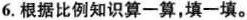
6.根据比例知识算一算，填一填。